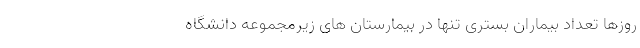
روزها تعداد بیماران بستری تنها در بیمارستان های زیرمجموعه دانشگاه